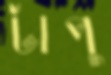
টাপু